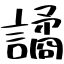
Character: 譎